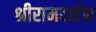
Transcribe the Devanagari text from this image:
श्रीरामदर्शन